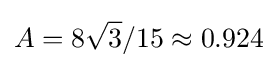
A=8{\sqrt {3}}/15\approx 0.924